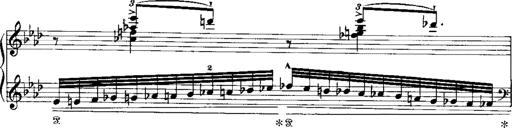
Title: Miserere du Trovatore
Composer: Franz Liszt